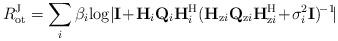
LaTeX: \begin{align*}R_\mathrm{ot}^\mathrm{J}=\sum\limits_i \beta_i \! \log\!|\mathbf{I}\!+\!\mathbf{H}_i\mathbf{Q}_i\mathbf{H}_i^\mathrm{H}(\mathbf{H}_{\mathrm{z}i}\mathbf{Q}_{\mathrm{z}i}\mathbf{H}_{\mathrm{z}i}^\mathrm{H}\!+\!\sigma_i^2\mathbf{I})^{\!-1}\!|\end{align*}